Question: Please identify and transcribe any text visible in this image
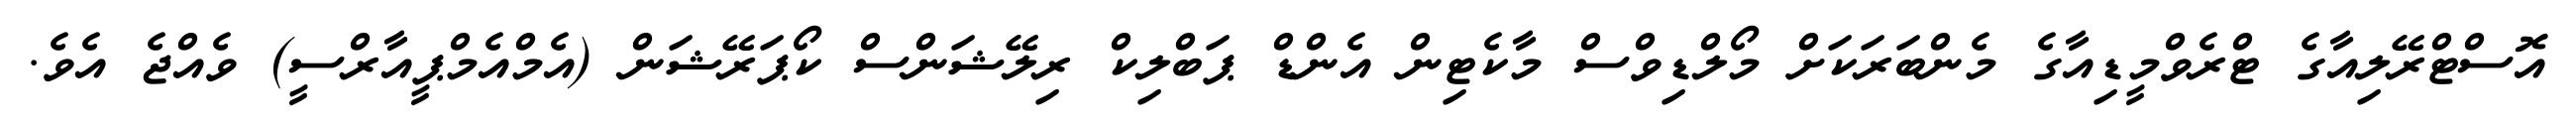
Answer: އޮސްޓްރޭލިއާގެ ޓްރެވްމީޑިއާގެ މެންބަރަކަށް މޯލްޑިވްސް މާކެޓިން އެންޑް ޕަބްލިކް ރިލޭޝަންސް ކޯޕަރޭޝަން (އެމްއެމްޕީއާރްސީ) ވެއްޖެ އެވެ.